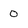
Character: 0